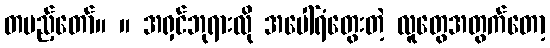
တပည့်တော်။ ။ အရှင်ဘုရားလို အပေါ်ရံတွေးတဲ့ လူတွေအတွက်တော့